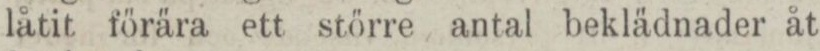
låtit förära ett större antal beklädnader åt